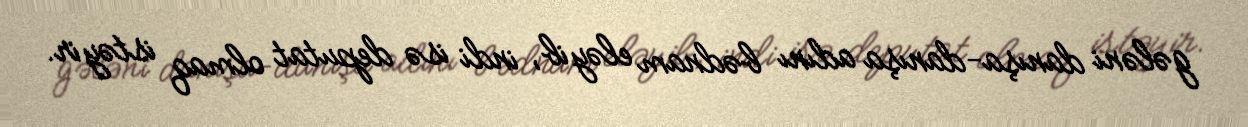
gələni danışa-danışa adını bədnam eləyib, indi isə deputat olmaq istəyir.